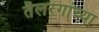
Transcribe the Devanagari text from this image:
तैलरंगांच्या